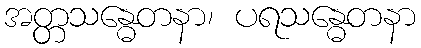
အတ္တသန္ဓေတနာ၊ ပရသန္ဓေတနာ